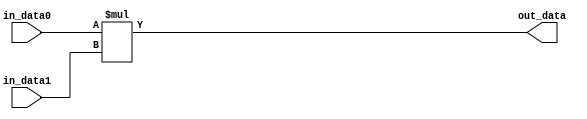
module multiplier
		#(parameter Data_Width = 8)
		(in_data0, in_data1, out_data);
	
		input [Data_Width-1:0] in_data0, in_data1;
		output [Data_Width*2-1:0] out_data;
			
		assign out_data = in_data0 * in_data1;
			
endmodule